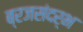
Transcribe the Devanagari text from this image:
ब्रजसंदर्भ